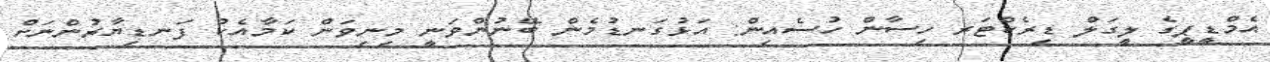
އެމްޑީޕީގެ ލީގަލް ޑިރެކްޓަރ ހިސާން ހުސެއިން: އަޅުގަނޑުމެން ބޭނުންވަނީ މިނިވަން ކަމާއެކު ފަނޑިޔާރުންނަށް